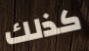
كذلك